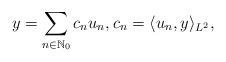
LaTeX: \begin{align*}y = \sum_{n \in \mathbb{N}_0} c_n u_n, c_n = \langle u_n, y \rangle_{L^2},\end{align*}